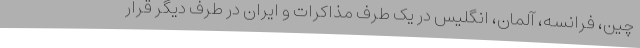
چین، فرانسه، آلمان، انگلیس در یک طرف مذاکرات و ایران در طرف دیگر قرار